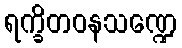
ရက္ခိတဝနသဏ္ဍေ